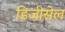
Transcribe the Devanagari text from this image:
डिजीसेल